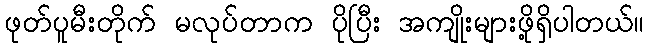
ဖုတ်ပူမီးတိုက် မလုပ်တာက ပိုပြီး အကျိုးများဖို့ရှိပါတယ်။